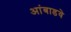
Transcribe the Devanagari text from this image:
आंबाडवे